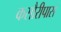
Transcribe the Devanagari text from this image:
कसौरीपास